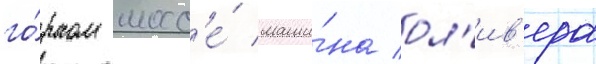
го́рном шосс'е́ маши́на ол'ив'ера